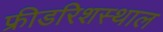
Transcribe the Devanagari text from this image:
फ्रीडरिशस्थाल